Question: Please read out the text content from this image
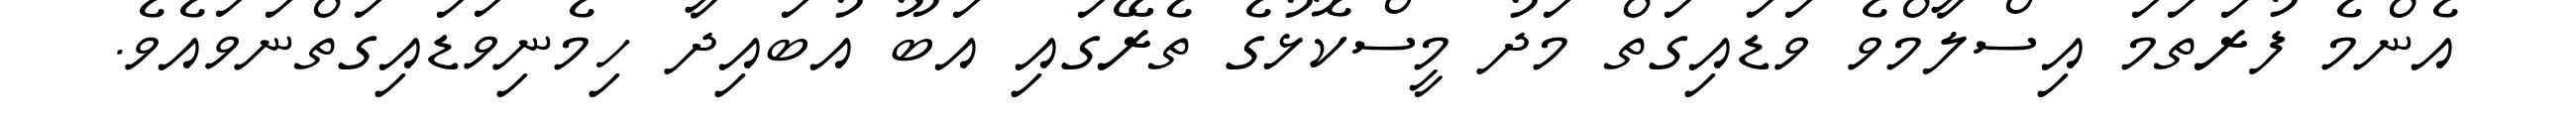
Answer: އެންމެ ފުރަތަމަ އިސްލާމްވެ ވަޑައިގަތް މަދު މީސްކޮޅުގެ ތެރޭގައި އަބޫ އުބައިދާ ހިމެނިވަޑައިގަތްނަވައެވެ.